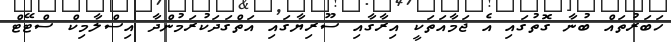
ހަބަރުތައް ބުނާ ގޮތުގައި އެ ޖަމާއަތަކީ އިރާގާއި ސޫރިޔާގައި އަތްގަދަކުރަމުންދާ އިސްލާމިކް ސްޓޭޓް